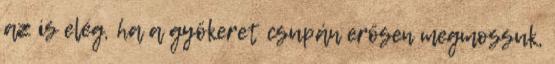
az is elég, ha a gyökeret csupán erősen megmossuk,